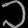
Digit: ၁